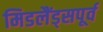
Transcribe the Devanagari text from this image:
मिडलैंड्सपूर्व